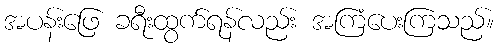
အပန်းဖြေ ခရီးထွက်ရန်လည်း အကြံပေးကြသည်။